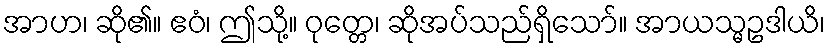
အာဟ၊ ဆို၏။ ဧဝံ၊ ဤသို့။ ဝုတ္တေ၊ ဆိုအပ်သည်ရှိသော်။ အာယသ္မဥဒါယိ၊